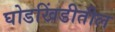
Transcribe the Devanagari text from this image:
घोडखिंडीतील